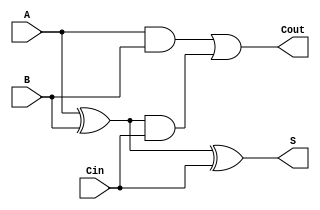
module ConditionalSumFullAdder (
    input  wire A,     // First input bit
    input  wire B,     // Second input bit
    input  wire Cin,   // Carry-in bit
    output wire S,     // Sum output
    output wire Cout   // Carry-out output
);

// Intermediate signals
wire G; // Generate
wire P; // Propagate

// Generate and Propagate logic
assign G = A & B;         // Generate
assign P = A ^ B;         // Propagate

// Carry-out calculation
assign Cout = G | (P & Cin); // Carry-out

// Sum calculation
assign S = P ^ Cin;       // Sum

endmodule